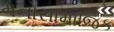
મનોસામાજિક